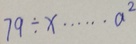
7 9 \div x \cdots a ^ { 2 }